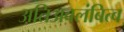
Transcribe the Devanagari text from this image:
अतिअवलंबित्व